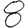
Digit: 8